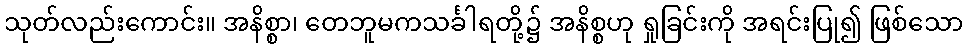
သုတ်လည်းကောင်း။ အနိစ္စာ၊ တေဘူမကသင်္ခါရတို့၌ အနိစ္စဟု ရှုခြင်းကို အရင်းပြု၍ ဖြစ်သော